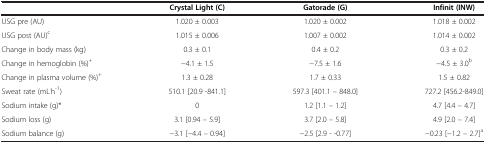
<table><thead><tr><td><b> </b></td><td><b>Crystal Light (C)</b></td><td><b>Gatorade (G)</b></td><td><b>Infinit (INW)</b></td></tr></thead><tbody><tr><td>USG pre (AU)</td><td>1.020 ± 0.003</td><td>1.020 ± 0.002</td><td>1.018 ± 0.002</td></tr><tr><td>USG post (AU)<sup>c</sup></td><td>1.015 ± 0.006</td><td>1.007 ± 0.002</td><td>1.014 ± 0.002</td></tr><tr><td>Change in body mass (kg)</td><td>0.3 ± 0.1</td><td>0.4 ± 0.2</td><td>0.3 ± 0.2</td></tr><tr><td>Change in hemoglobin (%)<sup>+</sup></td><td>−4.1 ± 1.5</td><td>−7.5 ± 1.6</td><td>−4.5 ± 3.0<sup>b</sup></td></tr><tr><td>Change in plasma volume (%)<sup>+</sup></td><td>1.3 ± 0.28</td><td>1.7 ± 0.33</td><td>1.5 ± 0.82</td></tr><tr><td>Sweat rate (mL<sup>.</sup>h<sup>-1</sup>)</td><td>510.1 [20.9 -841.1]</td><td>597.3 [401.1 – 848.0]</td><td>727.2 [456.2-849.0]</td></tr><tr><td>Sodium intake (g)*</td><td>0</td><td>1.2 [1.1 – 1.2]</td><td>4.7 [4.4 – 4.7]</td></tr><tr><td>Sodium loss (g)</td><td>3.1 [0.94 – 5.9]</td><td>3.7 [2.0 – 5.8]</td><td>4.9 [2.0 – 7.4]</td></tr><tr><td>Sodium balance (g)</td><td>−3.1 [−4.4 – 0.94]</td><td>−2.5 [2.9 - -0.77]</td><td>−0.23 [−1.2 – 2.7]<sup>a</sup></td></tr></tbody></table>